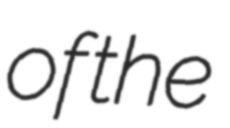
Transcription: of the